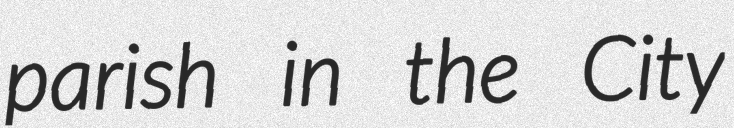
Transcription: parish in the City